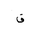
Letter: _qaf